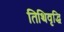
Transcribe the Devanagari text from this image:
तिथिवृद्धि